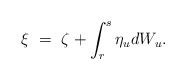
\begin{align*}\xi \ = \ \zeta + \int_r^s \eta_u dW_u.\end{align*}